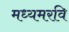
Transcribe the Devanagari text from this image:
मध्यमरवि